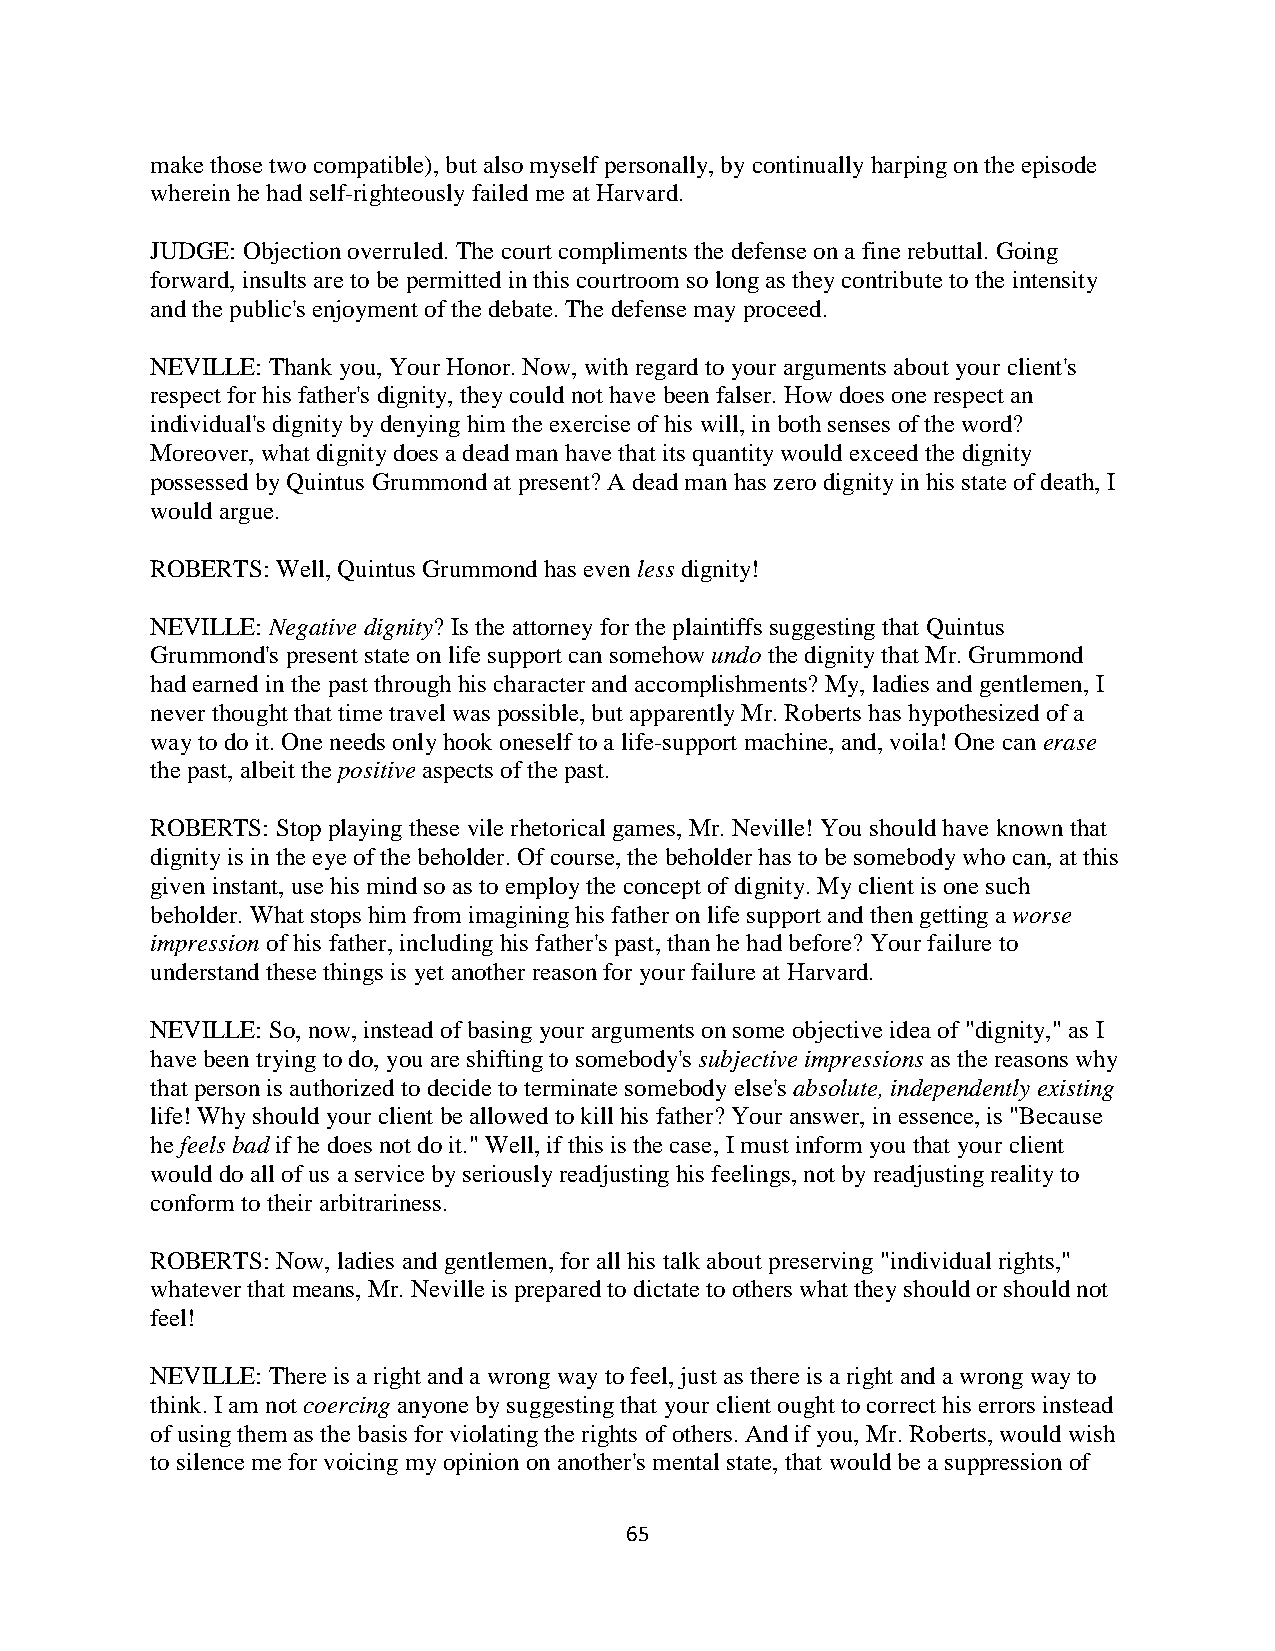
make those two compatible), but also myself personally, by continually harping on the episode
 wherein he had self-righteously failed me at Harvard.
 JUDGE: Objection overruled. The court compliments the defense on a fine rebuttal. Going
 forward, insults are to be permitted in this courtroom so long as they contribute to the intensity
 and the public's enjoyment of the debate. The defense may proceed.
 NEVILLE: Thank you, Your Honor. Now, with regard to your arguments about your client's
 respect for his father's dignity, they could not have been falser. How does one respect an
 individual's dignity by denying him the exercise of his will, in both senses of the word?
 Moreover, what dignity does a dead man have that its quantity would exceed the dignity
 possessed by Quintus Grummond at present? A dead man has zero dignity in his state of death, I
 would argue.
 ROBERTS: Well, Quintus Grummond has even less dignity!
 NEVILLE: Negative dignity? Is the attorney for the plaintiffs suggesting that Quintus
 Grummond's present state on life support can somehow undo the dignity that Mr. Grummond
 had earned in the past through his character and accomplishments? My, ladies and gentlemen, I
 never thought that time travel was possible, but apparently Mr. Roberts has hypothesized of a
 way to do it. One needs only hook oneself to a life-support machine, and, voila! One can erase
 the past, albeit the positive aspects of the past.
 ROBERTS: Stop playing these vile rhetorical games, Mr. Neville! You should have known that
 dignity is in the eye of the beholder. Of course, the beholder has to be somebody who can, at this
 given instant, use his mind so as to employ the concept of dignity. My client is one such
 beholder. What stops him from imagining his father on life support and then getting a worse
 impression of his father, including his father's past, than he had before? Your failure to
 understand these things is yet another reason for your failure at Harvard.
 NEVILLE: So, now, instead of basing your arguments on some objective idea of "dignity," as I
 have been trying to do, you are shifting to somebody's subjective impressions as the reasons why
 that person is authorized to decide to terminate somebody else's absolute, independently existing
 life! Why should your client be allowed to kill his father? Your answer, in essence, is "Because
 he feels bad if he does not do it." Well, if this is the case, I must inform you that your client
 would do all of us a service by seriously readjusting his feelings, not by readjusting reality to
 conform to their arbitrariness.
 ROBERTS: Now, ladies and gentlemen, for all his talk about preserving "individual rights,"
 whatever that means, Mr. Neville is prepared to dictate to others what they should or should not
 feel!
 NEVILLE: There is a right and a wrong way to feel, just as there is a right and a wrong way to
 think. I am not coercing anyone by suggesting that your client ought to correct his errors instead
 of using them as the basis for violating the rights of others. And if you, Mr. Roberts, would wish
 to silence me for voicing my opinion on another's mental state, that would be a suppression of
 65